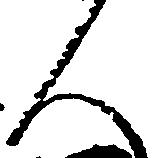
人